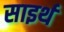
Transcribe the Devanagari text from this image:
साइर्थ